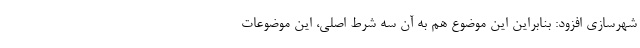
شهرسازی افزود: بنابراین این موضوع هم به آن سه شرط اصلی، این موضوعات